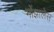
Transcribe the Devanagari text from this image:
गोंझालेस